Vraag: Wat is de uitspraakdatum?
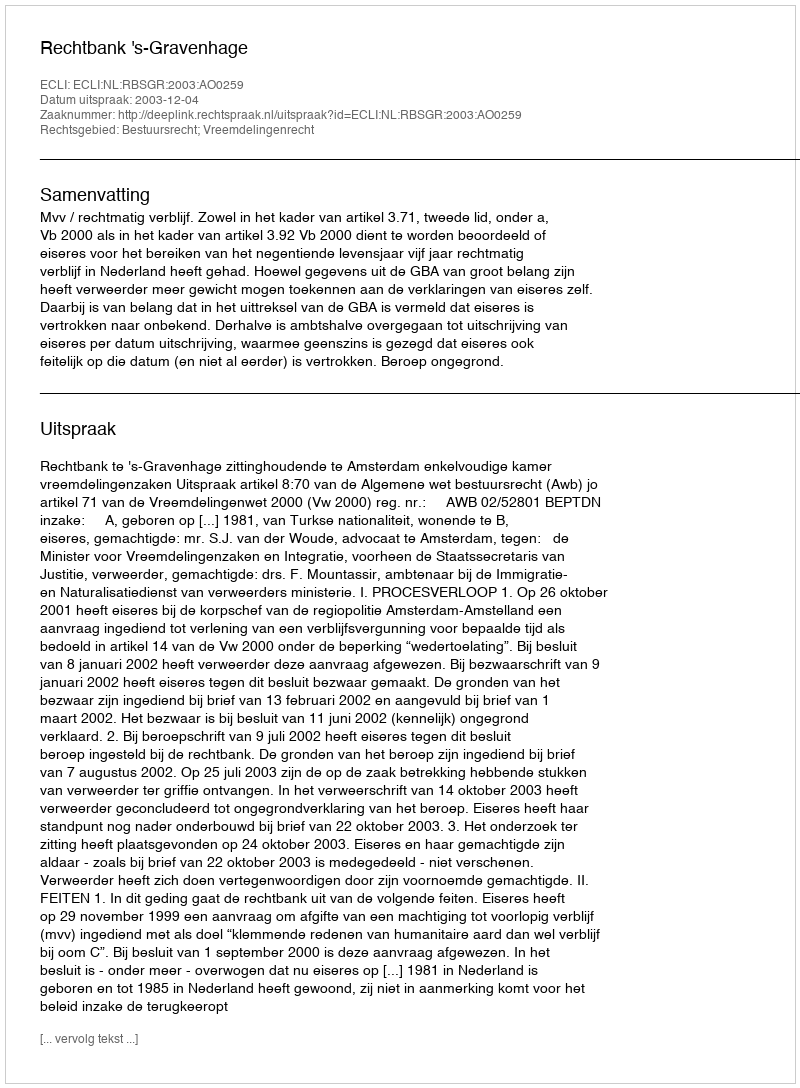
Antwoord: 2003-12-04